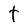
Character: t